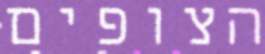
הצופים